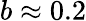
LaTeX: b\approx 0.2